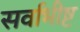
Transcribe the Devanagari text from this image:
सर्वाभीष्ट